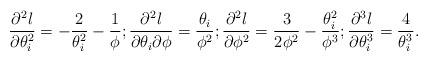
LaTeX: \begin{align*}\frac{\partial^2 l}{\partial \theta_i^2}= -\frac{2}{\theta_i^2} - \frac{1}{\phi};\frac{\partial^2 l}{\partial \theta_i \partial \phi}= \frac{\theta_i}{\phi^2};\frac{\partial^2 l}{\partial \phi^2}= \frac{3}{2\phi^2} - \frac{\theta_i^2}{\phi^3};\frac{\partial^3 l}{\partial \theta_i^3}= \frac{4}{\theta_i^3}.\end{align*}